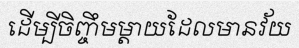
ដើម្បីចិញ្ចឹមម្តាយដែលមានវ័យ